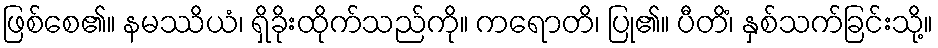
ဖြစ်စေ၏။ နမဿိယံ၊ ရှိခိုးထိုက်သည်ကို။ ကရောတိ၊ ပြု၏။ ပီတိံ၊ နှစ်သက်ခြင်းသို့။